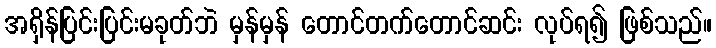
အရှိန်ပြင်းပြင်းမခုတ်ဘဲ မှန်မှန် တောင်တက်တောင်ဆင်း လုပ်ရ၍ ဖြစ်သည်။